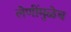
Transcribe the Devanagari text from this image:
लेणींमुळेच